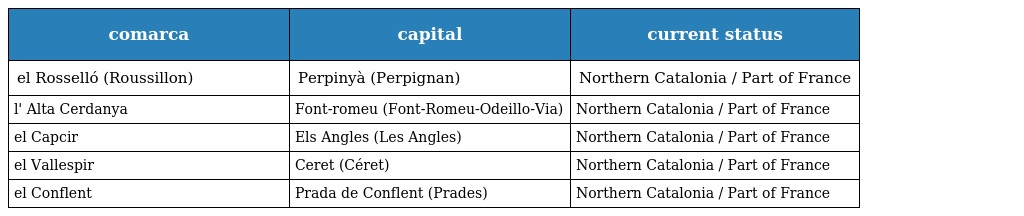
| comarca | capital | current status |
 | --- | --- | --- |
 | el Rosselló (Roussillon) | Perpinyà (Perpignan) | Northern Catalonia / Part of France |
 | l' Alta Cerdanya | Font-romeu (Font-Romeu-Odeillo-Via) | Northern Catalonia / Part of France |
 | el Capcir | Els Angles (Les Angles) | Northern Catalonia / Part of France |
 | el Vallespir | Ceret (Céret) | Northern Catalonia / Part of France |
 | el Conflent | Prada de Conflent (Prades) | Northern Catalonia / Part of France |